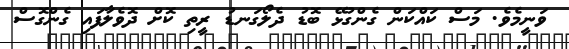
ވަނީމެވެ. މަސް ކައްކަން ގެންގުޅޭ ބޮޑު ދެލޯގަނޑު ރީތި ކޮށް ދޮވެލާފައި ގެންގޮސް